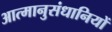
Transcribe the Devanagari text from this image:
आत्मानुसंधानियों